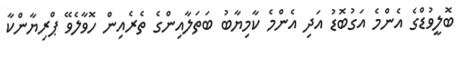
ބޮލީވުޑްގެ އެންމެ އަގުބޮޑު އަދި އެންމެ ކާމިޔާބު ބަތަލާއިންގެ ތެރެއިން ހޮވާލެވޭ ޕްރިޔާންކާ